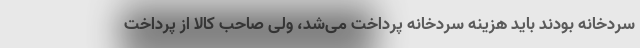
سردخانه بودند باید هزینه سردخانه پرداخت می‌شد، ولی صاحب کالا از پرداخت